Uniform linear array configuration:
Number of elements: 64
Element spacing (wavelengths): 0.75
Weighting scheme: uniform
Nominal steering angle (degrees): -30
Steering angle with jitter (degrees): -31.345
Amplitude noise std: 0.05
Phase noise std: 0.05

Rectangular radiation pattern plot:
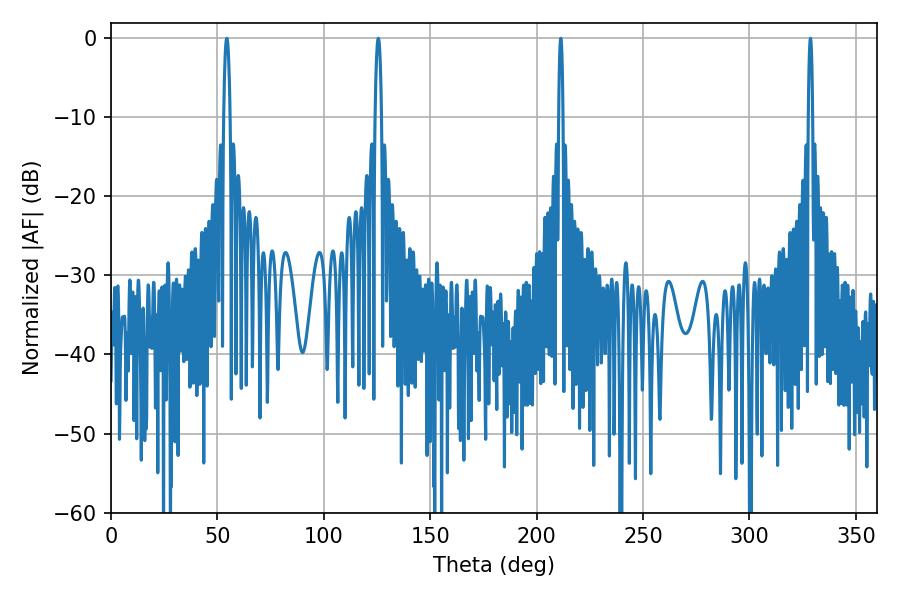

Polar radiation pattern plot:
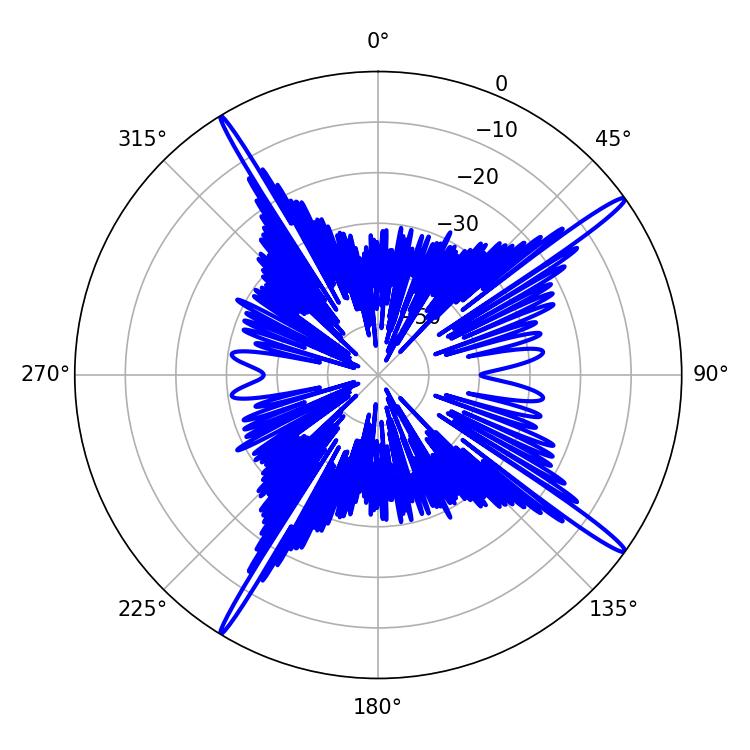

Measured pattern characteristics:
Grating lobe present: TRUE
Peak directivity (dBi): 17.857
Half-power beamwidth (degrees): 1.08
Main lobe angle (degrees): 211.32